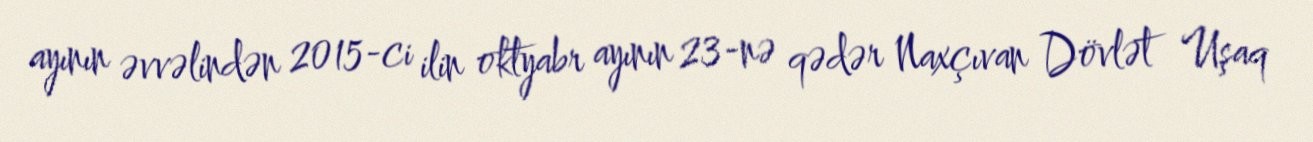
ayının əvvəlindən 2015-ci ilin oktyabr ayının 23-nə qədər Naxçıvan Dövlət Uşaq